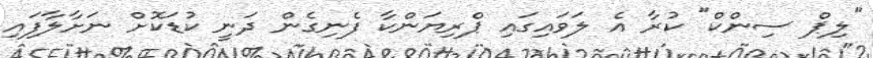
"ލިޕް ސިންކް" ކުރާ އެ ލަވައިގައި ޕްރިޔަންކާ ފެނިގެން ދަނީ ކުޑަކޮށް ނަށާލާފައި